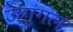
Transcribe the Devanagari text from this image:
जगुंगल